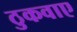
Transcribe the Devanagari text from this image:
ठुकवाए